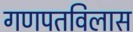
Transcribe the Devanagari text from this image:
गणपतविलास